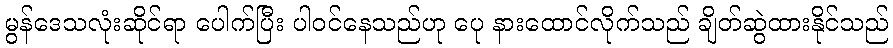
မွန်ဒေသလုံးဆိုင်ရာ ပေါက်ပြီး ပါဝင်နေသည်ဟု ပေု နားထောင်လိုက်သည် ချိတ်ဆွဲထားနိုင်သည်